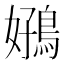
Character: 𫚻